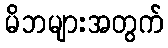
မိဘများအတွက်